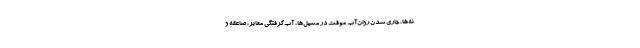
نه‌ها، جاری شدن روان‌آب موقت در مسیل‌ها، آب‌گرفتگی معابر، صاعقه و